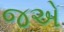
જએ